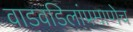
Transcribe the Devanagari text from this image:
वाडवडिलांप्रमाणेच